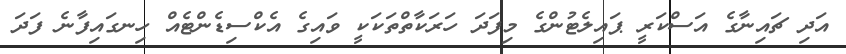
އަދި ޗައިނާގެ އަސްކަރީ ޕައިލެޓުންގެ މިފަދަ ހަރަކާތްތަކަކީ ވައިގެ އެކްސިޑެންޓެއް ހިނގައިފާނެ ފަދަ